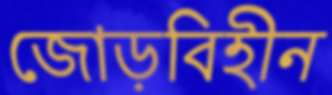
জোড়বিহীন